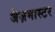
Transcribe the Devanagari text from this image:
जैज़मास्टर